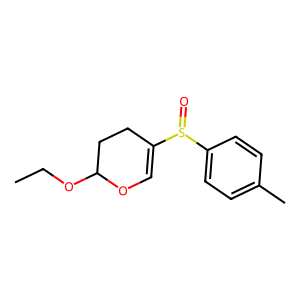
SMILES: CCOC1CCC(S(=O)c2ccc(C)cc2)=CO1
Inhibits HIV replication: No